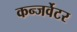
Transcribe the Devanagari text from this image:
कन्जर्वेटर